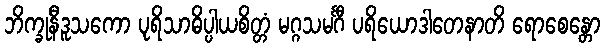
ဘိက္ခုနီဒူသကော ပုရိသာဓိပ္ပါယစိတ္တံ မဂ္ဂသမင်္ဂီ ပရိယောဒါတေနာတိ ရောစေန္တော